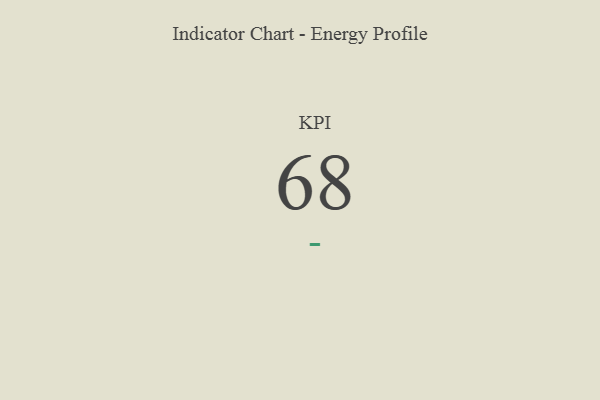
{"axis": {"x": "KPI", "y": "Value"}, "legend": [""], "data": [{"x": "KPI", "y": 68, "type": ""}]}